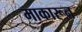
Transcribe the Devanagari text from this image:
माकारून